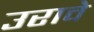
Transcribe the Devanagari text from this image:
उरावे